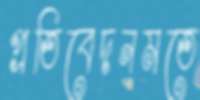
প্রতিবেদনমতে